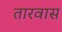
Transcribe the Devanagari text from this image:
तारवास